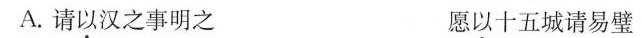
A.请以汉之事明之 愿以十五城请易璧